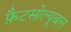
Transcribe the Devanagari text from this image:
फ़ैटसोल्यूबल